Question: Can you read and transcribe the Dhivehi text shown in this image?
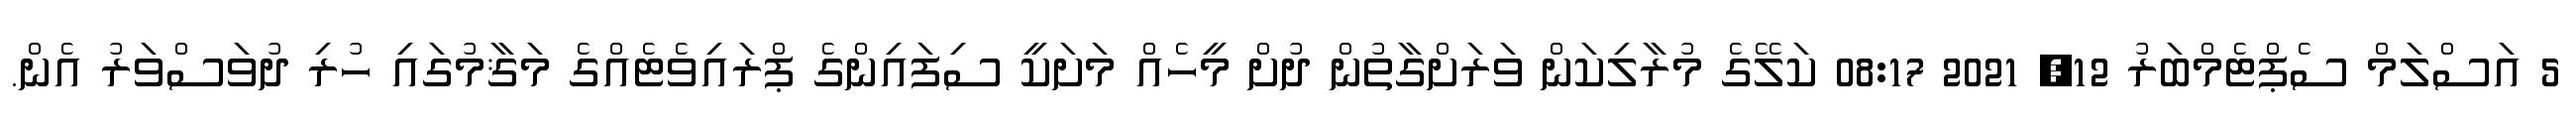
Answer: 5 އަސްލަމް ސެޕްޓެމްބަރު 12, 2021 08:17 ކަލޭގެ މުރާލިކަން ވަރަށްގާތުން ދުށް މީހެއް މަށަކީ ސިފައިންގެ ޕްރައިވެޓެއްގެ މަޤާމުގައި ހުރި ދުވަސްވަރު އެން.